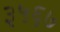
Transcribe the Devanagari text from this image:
३५६७